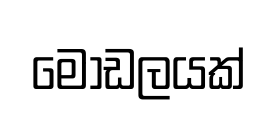
මොඩලයක්